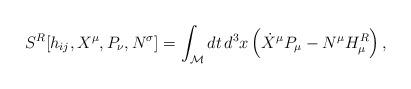
LaTeX: \begin{align*}{}S^R[h_{ij}, X^\mu, P_\nu, N^\sigma] = \int_{\cal M} dt \, d^3 x \left(\dot{X}^\mu P_\mu - N^\mu H^R_\mu \right),\end{align*}